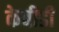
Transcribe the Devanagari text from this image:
केबीडी